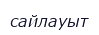
сайлауыт